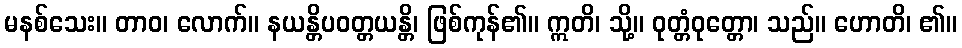
မနစ်သေး။ တာဝ၊ လောက်။ နယန္တိပဝတ္တယန္တိ၊ ဖြစ်ကုန်၏။ ဣတိ၊ သို့။ ဝုတ္တံဝုတ္တော၊ သည်။ ဟောတိ၊ ၏။